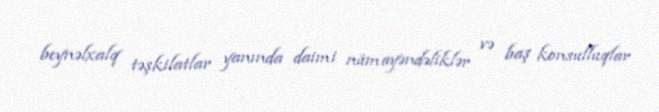
beynəlxalq təşkilatlar yanında daimi nümayəndəliklər və baş konsulluqlar